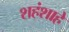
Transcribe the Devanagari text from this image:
शहंशाहे